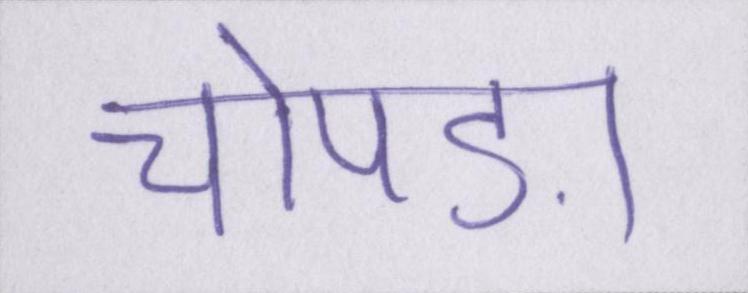
चोपड़ा